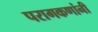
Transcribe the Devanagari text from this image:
परागकणांनी